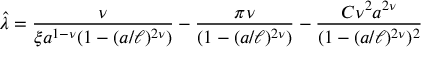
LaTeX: { \hat { \lambda } } = { \frac { \nu } { \xi a ^ { 1 - \nu } ( 1 - ( a / \ell ) ^ { 2 \nu } ) } } - { \frac { \pi \nu } { ( 1 - ( a / \ell ) ^ { 2 \nu } ) } } - { \frac { C \nu ^ { 2 } a ^ { 2 \nu } } { ( 1 - ( a / \ell ) ^ { 2 \nu } ) ^ { 2 } } }